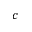
^ c